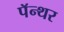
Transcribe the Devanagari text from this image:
पॅन्थर